Lunatic asylums in Bengal annual reports 1912-1924 - 1912-1924
Year: 1912
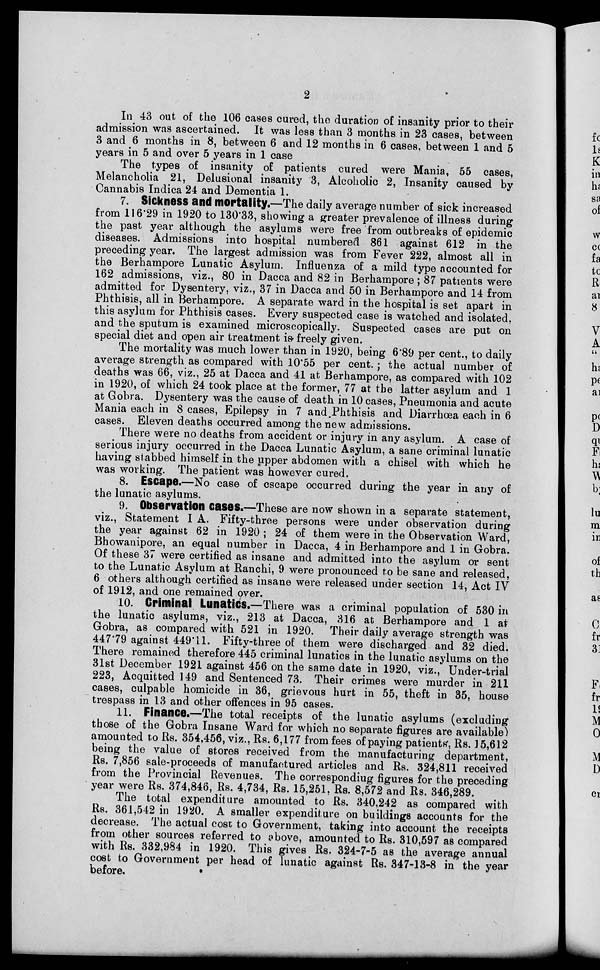
2
In 43 out of the 106 cases cured, the duration of insanity prior to their
admission was ascertained. It was less than 3 months in 23 cases, between
3 and 6 months in 8, between 6 and 12 months in 6 cases, between 1 and 5
years in 5 and over 5 years in 1 case
The types of insanity of patients cured were Mania, 55 cases,
Melancholia 21, Delusional insanity 3, Alcoholic 2, Insanity caused by
Cannabis Indica 24 and Dementia 1.
7. Sickness and mortality.—The daily average number of sick increased
from 116.29 in 1920 to 130.33, showing a greater prevalence of illness during
the past year although the asylums were free from outbreaks of epidemic
diseases. Admissions into hospital numbered 861 against 612 in the
preceding year. The largest admission was from Fever 222, almost all in
the Berhampore Lunatic Asylum. Influenza of a mild type accounted for
162 admissions, viz., 80 in Dacca and 82 in Berhampore ; 87 patients were
admitted for Dysentery, viz., 37 in Dacca and 50 in Berhampore and 14 from
Phthisis, all in Berhampore. A separate ward in the hospital is set apart in
this asylum for Phthisis cases. Every suspected case is watched and isolated,
and the sputum is examined microscopically. Suspected cases are put on
special diet and open air treatment is-freely given.
The mortality was much lower than in 1920, being 6.89 per cent., to daily
average strength as compared with 10.55 per cent.; the actual number of
deaths was 66, viz., 25 at Dacca and 41 at Berhampore, as compared with 102
in 1920, of which 24 took place at the former, 77 at the latter asylum and 1
at Gobra. Dysentery was the cause of death in 10 cases, Pneumonia and acute
Mania each in 8 cases, Epilepsy in 7 and Phthisis and Diarrhoea each in 6
cases. Eleven deaths occurred among the new admissions.
There were no deaths from accident or injury in any asylum. A case of
serious injury occurred in the Dacca Lunatic Asylum, a sane criminal lunatic
having stabbed himself in the upper abdomen with a chisel with which he
was working. The patient was however cured.
8. Escape.—No case of escape occurred during the year in any of
the lunatic asylums.
9. Observation cases.—These are now shown in a separate statement,
viz., Statement I A. Fifty-three persons were under observation during
the year against 62 in 1920 ; 24 of them were in the Observation Ward,
Bhowanipore, an equal number in Dacca, 4 in Berhampore and 1 in Gobra.
Of these 37 were certified as insane and admitted into the asylum or sent
to the Lunatic Asylum at Ranchi, 9 were pronounced to be sane and released,
6 others although certified as insane were released under section 14, Act IV
of 1912, and one remained over.
10. Criminal Lunatics.—There was a criminal population of 530 in
the lunatic asylums, viz., 213 at Dacca, 316 at Berhampore and 1 at
Gobra, as compared with 521 in 1920. Their daily average strength was
447.79 against 449.11. Fifty-three of them were discharged and 32 died.
There remained therefore 445 criminal lunatics in the lunatic asylums on the
31st December 1921 against 456 on the same date in 1920, viz., Under-trial
223, Acquitted 149 and Sentenced 73. Their crimes were murder in 211
cases, culpable homicide in 36, grievous hurt in 55, theft in 35, house
trespass in 13 and other offences in 95 cases.
11. Finance.—The total receipts of the lunatic asylums (excluding
those of the Gobra Insane Ward for which no separate figures are available)
amounted to Rs. 354,456, viz., Rs. 6,177 from fees of paying patients, Rs. 15,612
being the value of stores received from the manufacturing department,
Rs. 7,856 sale-proceeds of manufactured articles and Rs. 324,811 received
from the Provincial Revenues. The corresponding figures for the preceding
year were Rs. 374,846, Rs. 4,734, Rs. 15,251. Rs. 8,572 and Rs. 346,289.
The total expenditure amounted to Rs. 340,242 as compared with
Rs. 361,542 in 1920. A smaller expenditure on buildings accounts for the
decrease. The actual cost to Government, taking into account the receipts
from other sources referred to above, amounted to Rs. 310,597 as compared
with Rs. 332,984 in 1920. This gives Rs. 324-7-5 as the average annual
cost to Government per head of lunatic against Rs. 347-13-8 in the year
before.